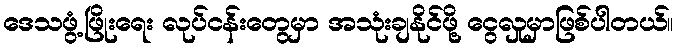
ဒေသဖွံ့ဖြိုးရေး လုပ်ငန်းတွေမှာ အသုံးချနိုင်ဖို့ ငွေလှုမှာဖြစ်ပါတယ်။